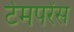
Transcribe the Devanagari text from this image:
टेमपरेंस